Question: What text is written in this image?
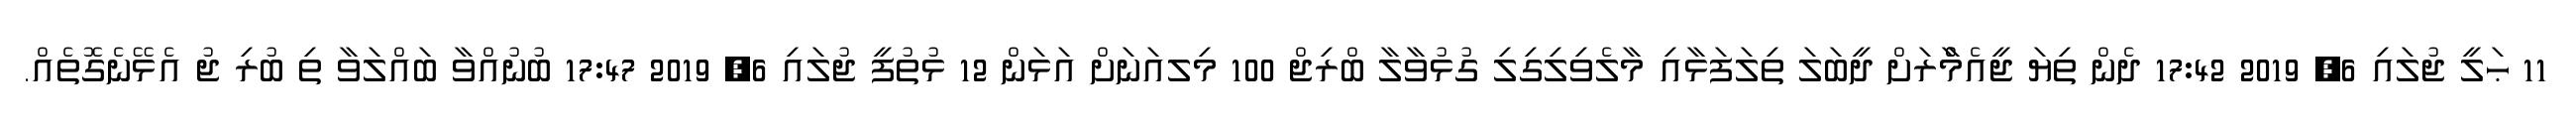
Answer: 11 ޙަލީ ޖުލައި 6, 2019 17:42 ދެން ތިޔަ ޖީއެމްެާރަށް ދީބަލަ ތިލަފަޅާއި މާލެވިލިގިލި ގުޅުވާލާ ބްރިޖް 100 މިލއަނަށް އަޅަން 12 ޅުތުފީ ޖުލައި 6, 2019 17:47 ބުނުއްވާ ބައްލަވާ ތި ބުރި ޖު އެޅޭނެގޮތެއް.